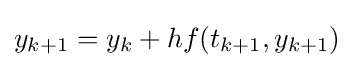
y_{k+1}=y_{k}+hf(t_{k+1},y_{k+1})